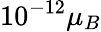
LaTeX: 10^{-12}\mu_{B}